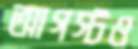
আগস্টও